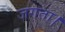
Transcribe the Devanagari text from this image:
जगता।